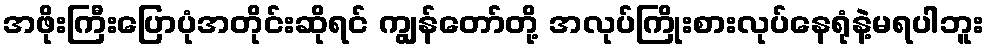
အဖိုးကြီးပြောပုံအတိုင်းဆိုရင် ကျွန်တော်တို့ အလုပ်ကြိုးစားလုပ်နေရုံနဲ့မရပါဘူး